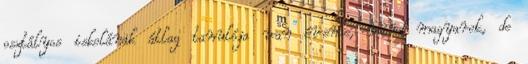
osztályos iskolának átlag tanulója van évente, mind magyarok, de